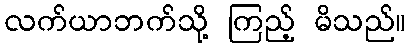
လက်ယာဘက်သို့ ကြည့် မိသည်။